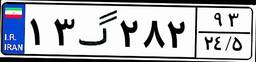
۱۳گ۲۸۲۹۳